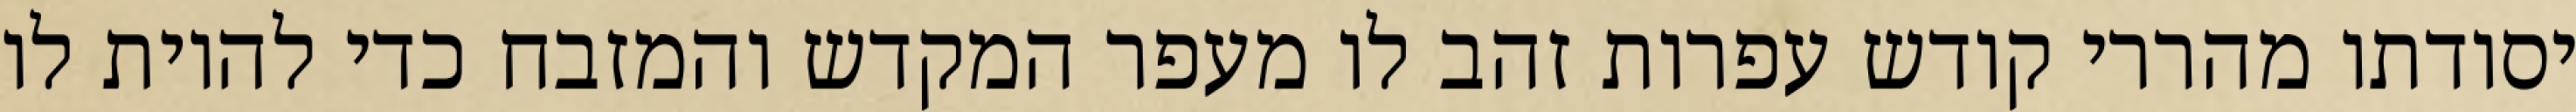
יסודתו מהררי קודש עפרות זהב לו מעפר המקדש והמזבח כדי להיות לו